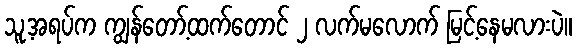
သူ့အရပ်က ကျွန်တော့်ထက်တောင် ၂ လက်မလောက် မြင့်နေမလားပဲ။